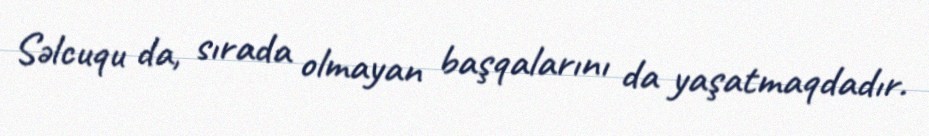
Səlcuqu da, sırada olmayan başqalarını da yaşatmaqdadır.